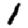
Digit: 1